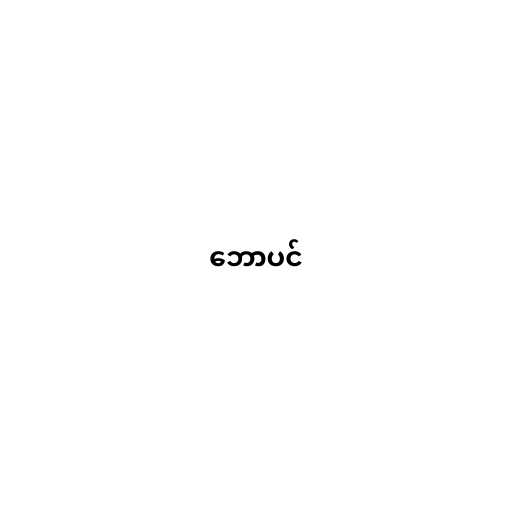
ဘောပင်